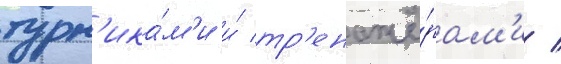
турн'ика́м'и и́ тр'енажё́рам'и /